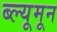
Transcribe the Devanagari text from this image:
ब्ल्यूमून